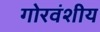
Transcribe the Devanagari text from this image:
गोरवंशीय